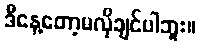
ဒီနေ့တော့မလိုချင်ပါဘူး။